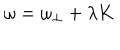
\omega = \omega _ { \perp } + \lambda K